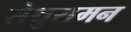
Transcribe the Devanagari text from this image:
सेथुरामन